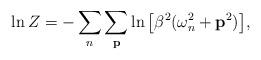
LaTeX: \begin{align*}\ln Z = -\sum_n \sum_{{\bf p}} \ln \big [ \beta^2 (\omega_n^2+ {\bf p}^2 ) \big ],\end{align*}